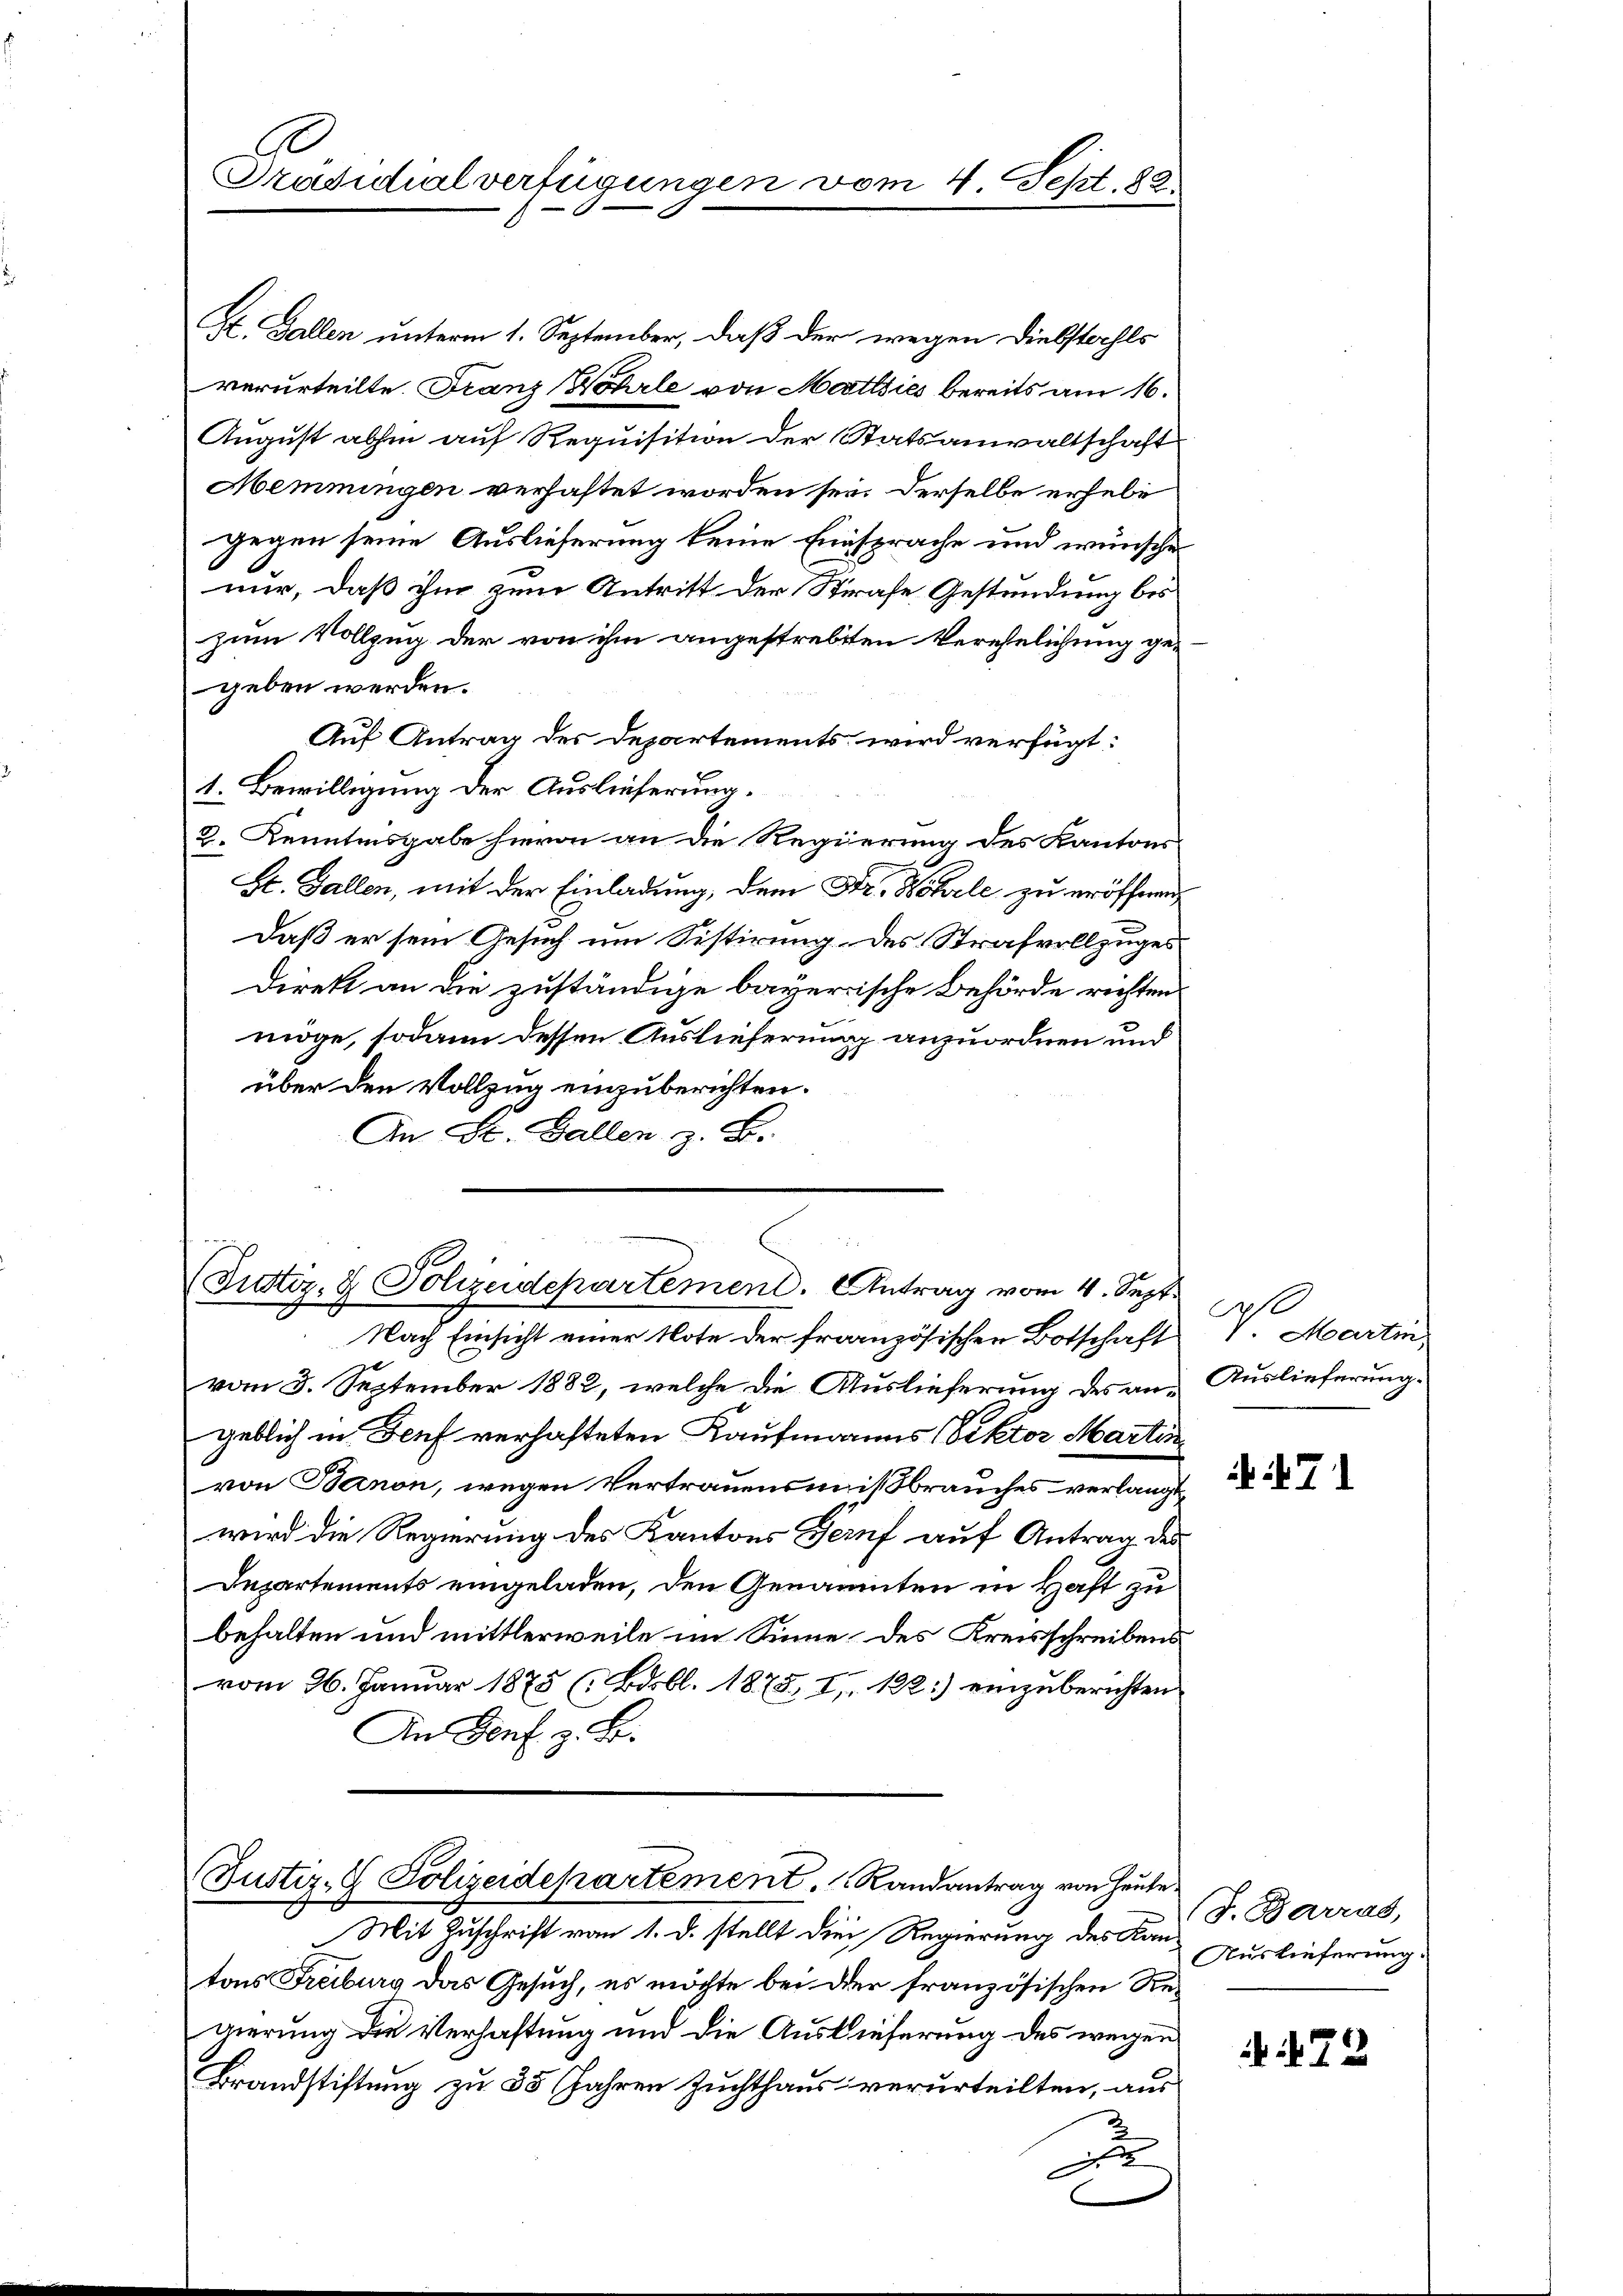
Prädicalverfügungen.

St. Gallen unterm 1. September, daß der wegen Diebstahls
verurteilte. Franz Wöhrle von Martisies bereits am 16.
August abhin auf Requisition der Statsanwaltschaft
Memmingen verhaftet worden sei. Derselbe erhebe
gegen seine Auslieferung keine Einsprache und wünsche
nur, daß ihm zum Antritt der Strafe Gestundung bis
zum Vollzug der von ihm angestrebten Verehelichung ge-
geben werden.
Auf Antrag des Departements wird verfügt:
1. Bewilligung der Auslieferung.
2. Kenntnisgabe hievon an die Regierung des Kantons
St. Gallen, mit der Einladung, dem Dr. Wohrle zu eröffnen,
Daß er sein Gesuch um Sistirung des Strafvollzuges
direkt an die zuständige bayerische Behörde richten
möge, sodann dessen Auslieferung anzuordnen und
über den Vollzug einzuberichten.
An St. Gallen z. B.

vom 4. Sept. 82

(Justiz- & Polizeidepartement. Antrag vom 4. Sept.

Nach Einsicht einer Note der französischen Botschaft V. Martin
vom 3. September 1882, welche die Auslieferung des an. Auslieferunggeblich in Genf verhafteten Kaufmanns (Rektor Martin
von Bernon, wegen Vertrauensmißbrauches verlangt,
wird die Regierung des Kantons Genf auf Antrag des
Departements eingeladen, den Genannten in Haft zu
behalten und mittlerweile im Sinne des Kreisschreibens
vom 26. Januar 1875 (Bdsbl. 1875, I, 122) einzuberichten.
An Dorf z. B.

Justiz- & Polizeidepartement.  Randantrag von Heute.

Mit Zuschrift vom 1. d. stellt die Regierung des Kantons Freiburg das Gesuch, es möchte bei der französischen Regierung die Verhaftung und die Auslieferung des wegen
Brandstiftung zu 35 Jahren Zuchthaus verurteilten, aus
x

if. 71

(J. Barrad,
Auslieferung.

272